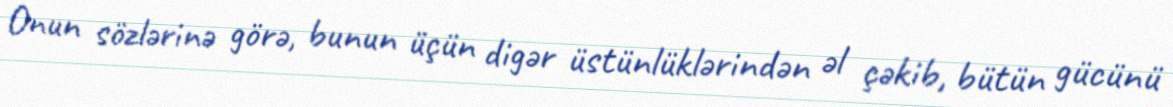
Onun sözlərinə görə, bunun üçün digər üstünlüklərindən əl çəkib, bütün gücünü